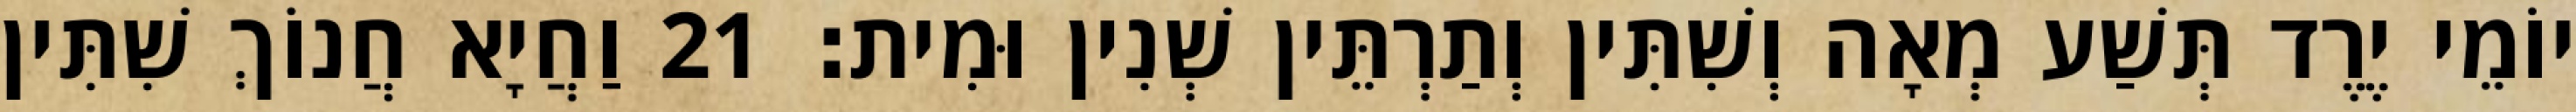
יוֹמֵי יֶרֶד תְּשַׁע מְאָה וְשִׁתִּין וְתַרְתֵּין שְׁנִין וּמִית׃ 21 וַחֲיָא חֲנוֹךְ שִׁתִּין